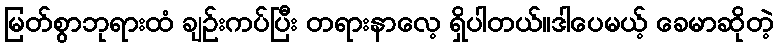
မြတ်စွာဘုရားထံ ချဉ်းကပ်ပြီး တရားနာလေ့ ရှိပါတယ်။ဒါပေမယ့် ခေမာဆိုတဲ့